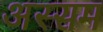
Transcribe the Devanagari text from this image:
अस्सम